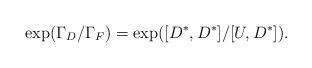
LaTeX: \begin{align*}\exp(\Gamma_D/\Gamma_F)=\exp([D^*,D^*]/[U,D^*]).\end{align*}